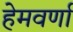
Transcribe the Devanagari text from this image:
हेमवर्णा